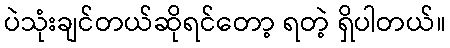
ပဲသုံးချင်တယ်ဆိုရင်တော့ ရတဲ့ ရှိပါတယ်။